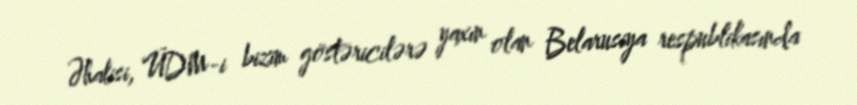
Əhalisi, ÜDM-i bizim göstəricilərə yaxın olan Belarusiya respublikasında